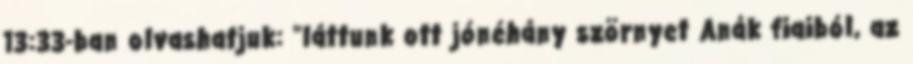
13:33-ban olvashatjuk: "láttunk ott jónéhány szörnyet Anák fiaiból, az